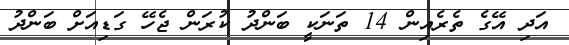
އަދި އޭގެ ތެރެއިން 14 ތަނަކީ ބަންދު ކުރަން ޖެހޭ ގަޑިއަށް ބަންދު